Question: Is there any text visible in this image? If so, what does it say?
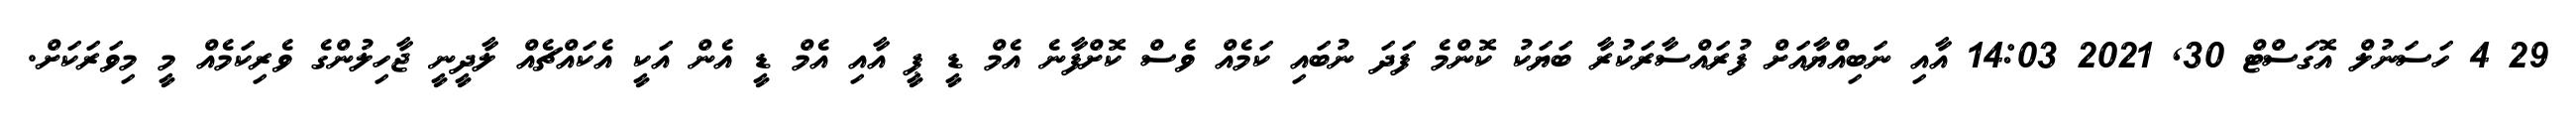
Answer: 29 4 ހަސަނުލް އޮގަސްޓް 30, 2021 14:03 އާއި ނަބިއްޔާއަށް ފުރައްސާރަކުރާ ބަޔަކު ކޮންމެ ފަދަ ނުބައި ކަމެއް ވެސް ކޮށްފާނެ އެމް ޑީ ޕީ އާއި އެމް ޑީ އެން އަކީ އެކައްޗެއް ލާދީނީ ޖާހިލުންގެ ވެރިކަމެއް މީ މިވަރަކަށް.